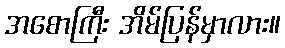
အစောကြီး အိမ်ပြန်မှာလား။